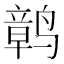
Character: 𫜂